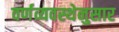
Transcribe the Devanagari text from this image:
वर्णव्यवस्थेनुसार